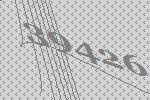
39426